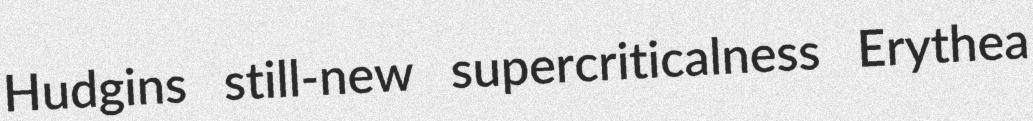
Hudgins still-new supercriticalness Erythea